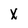
Character: X